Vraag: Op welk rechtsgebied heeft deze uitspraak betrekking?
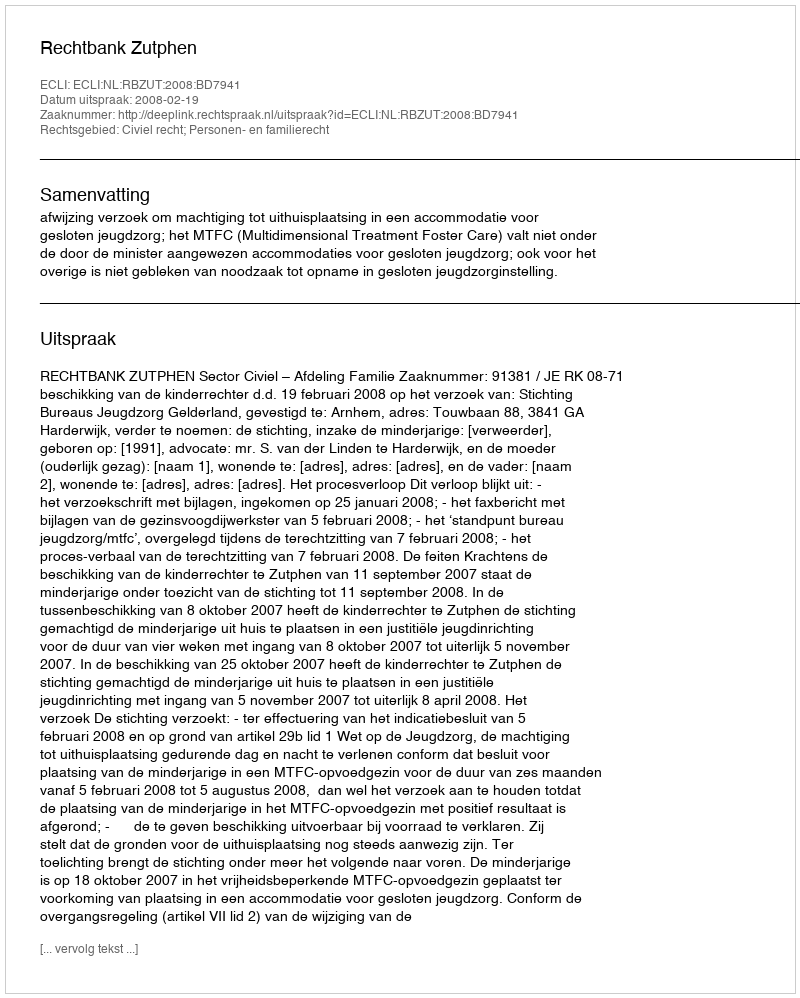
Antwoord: Civiel recht; Personen- en familierecht